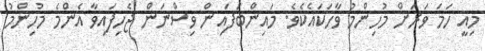
މިއީ ހަމަ ވަރަށް މުހިންމު ވާހަކައެކެވެ. މައިންބަފައިން ވިސްނަން ޖެހިފައިވާ އެންމެ މުހިންމު